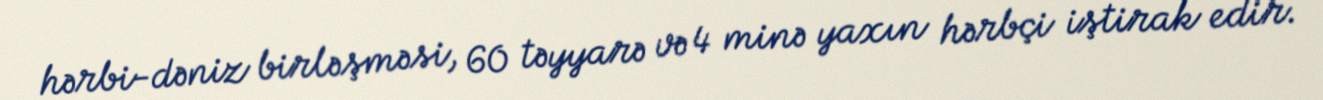
hərbi-dəniz birləşməsi, 60 təyyarə və 4 minə yaxın hərbçi iştirak edir.